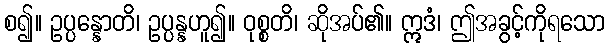
စ၍။ ဥပ္ပန္နောတိ၊ ဥပ္ပန္နဟူ၍။ ဝုစ္စတိ၊ ဆိုအပ်၏။ ဣဒံ၊ ဤအခွင့်ကိုရသော